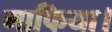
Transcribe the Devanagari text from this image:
माफिया।